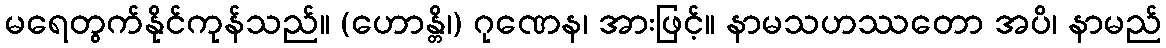
မရေတွက်နိုင်ကုန်သည်။ (ဟောန္တိ၊) ဂုဏေန၊ အားဖြင့်။ နာမသဟဿတော အပိ၊ နာမည်